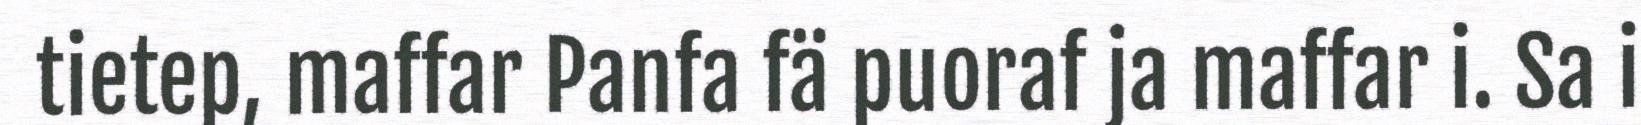
tietep, maffar Panfa fä puoraf ja maffar i. Sa i